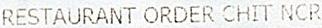
RESTAURANT ORDER CHIT NCR